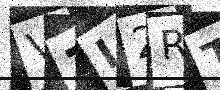
Text: V7I2RT